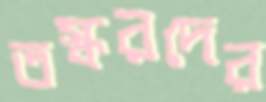
তস্করদের